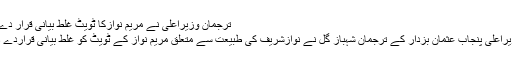
ترجمان وزیراعلیٰ نے مریم نوازکا ٹویٹ غلط بیانی قرار دےدیا
وزیراعلیٰ پنجاب عثمان بزدار کے ترجمان شہباز گل نے نوازشریف کی طبیعت سے متعلق مریم نواز کے ٹویٹ کو غلط بیانی قراردے دیا۔